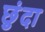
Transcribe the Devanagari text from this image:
छुंदा